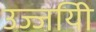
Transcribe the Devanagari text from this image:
उज्जयिी